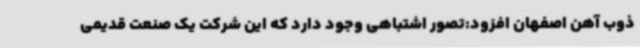
ذوب آهن اصفهان افزود:تصور اشتباهی وجود دارد که این شرکت یک صنعت قدیمی